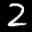
Label: 2